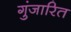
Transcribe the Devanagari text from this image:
गुंजारित